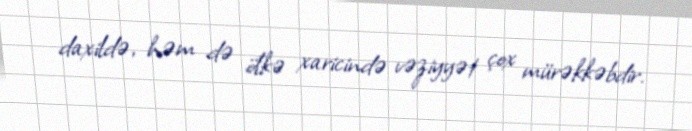
daxildə, həm də ölkə xaricində vəziyyət çox mürəkkəbdir.